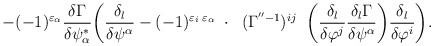
\begin{align*}-(-1)^{\varepsilon_\alpha} \frac{\delta\Gamma}{\delta\psi^*_\alpha}\bigg( \frac{\delta_l}{\delta\psi^\alpha} -(-1)^{\varepsilon_i\;\varepsilon_\alpha}\;\cdot\;\;(\Gamma^{''-1})^{ij}\;\; \bigg(\frac{\delta_l}{\delta\varphi^j} \frac{\delta_l\Gamma}{\delta\psi^\alpha}\bigg) \frac{\delta_l}{\delta\varphi^i}\bigg). \rule{1.5cm}{0cm}\end{align*}